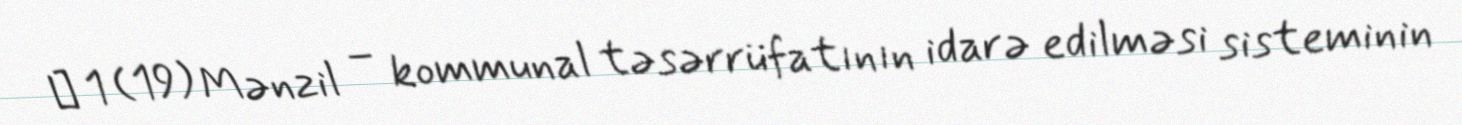
№ 1 (19) Mənzil – kommunal təsərrüfatının idarə edilməsi sisteminin